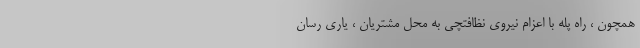
همچون ، راه پله با اعزام نیروی نظافتچی به محل مشتریان ، یاری رسان